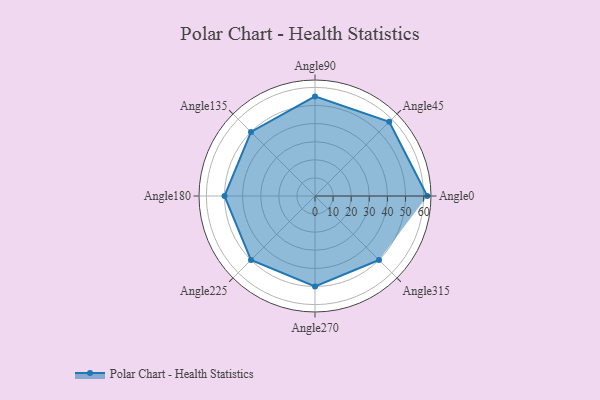
{"axis": {"x": "Angle", "y": "Radius"}, "legend": [""], "data": [{"x": "Angle0", "y": 62.0, "type": ""}, {"x": "Angle45", "y": 58.0, "type": ""}, {"x": "Angle90", "y": 55.0, "type": ""}, {"x": "Angle135", "y": 50, "type": ""}, {"x": "Angle180", "y": 50, "type": ""}, {"x": "Angle225", "y": 50, "type": ""}, {"x": "Angle270", "y": 50, "type": ""}, {"x": "Angle315", "y": 50, "type": ""}]}